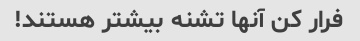
فرار کن آنها تشنه بیشتر هستند!